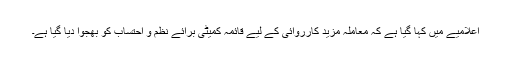
اعلامیے میں کہا گیا ہے کہ معاملہ مزید کارروائی کے لیے قائمہ کمیٹی برائے نظم و احتساب کو بھجوا دیا گیا ہے۔